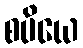
စပိယေ